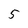
Character: 5